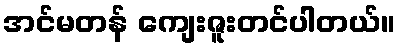
အင်မတန် ကျေးဇူးတင်ပါတယ်။